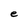
Character: e